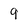
Character: 9